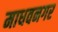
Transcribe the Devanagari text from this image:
माधवनगर